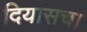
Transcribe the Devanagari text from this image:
दियासचा